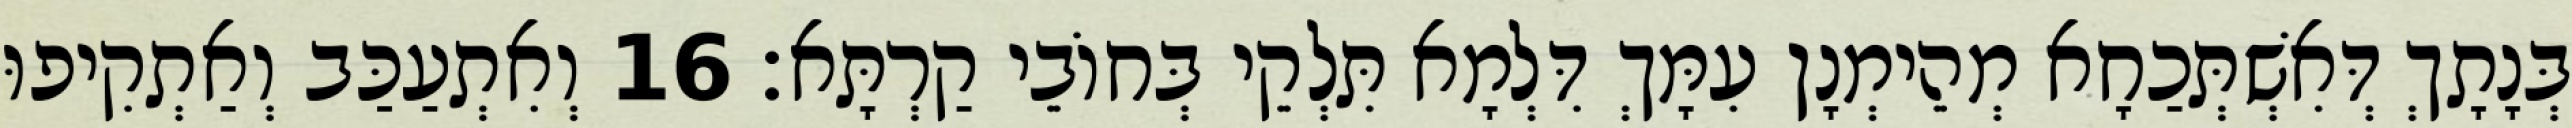
בְּנָתָךְ דְּאִשְׁתְּכַחָא מְהֵימְנָן עִמָּךְ דִּלְמָא תִּלְקֵי בְּחוֹבֵי קַרְתָּא׃ 16 וְאִתְעַכַּב וְאַתְקִיפוּ